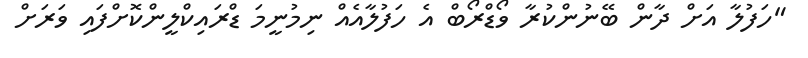
"ހަފުލާ އަށް ދާން ބޭނުންކުރާ ވޯޑްރޯބް އެ ހަފުލާއެއް ނިމުނީމަ ޑްރައިކްލީންކޮށްފައި ވަރަށް